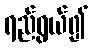
ရည်ရွယ်၍